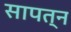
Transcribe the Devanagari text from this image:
सापत्‍न